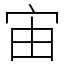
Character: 宙